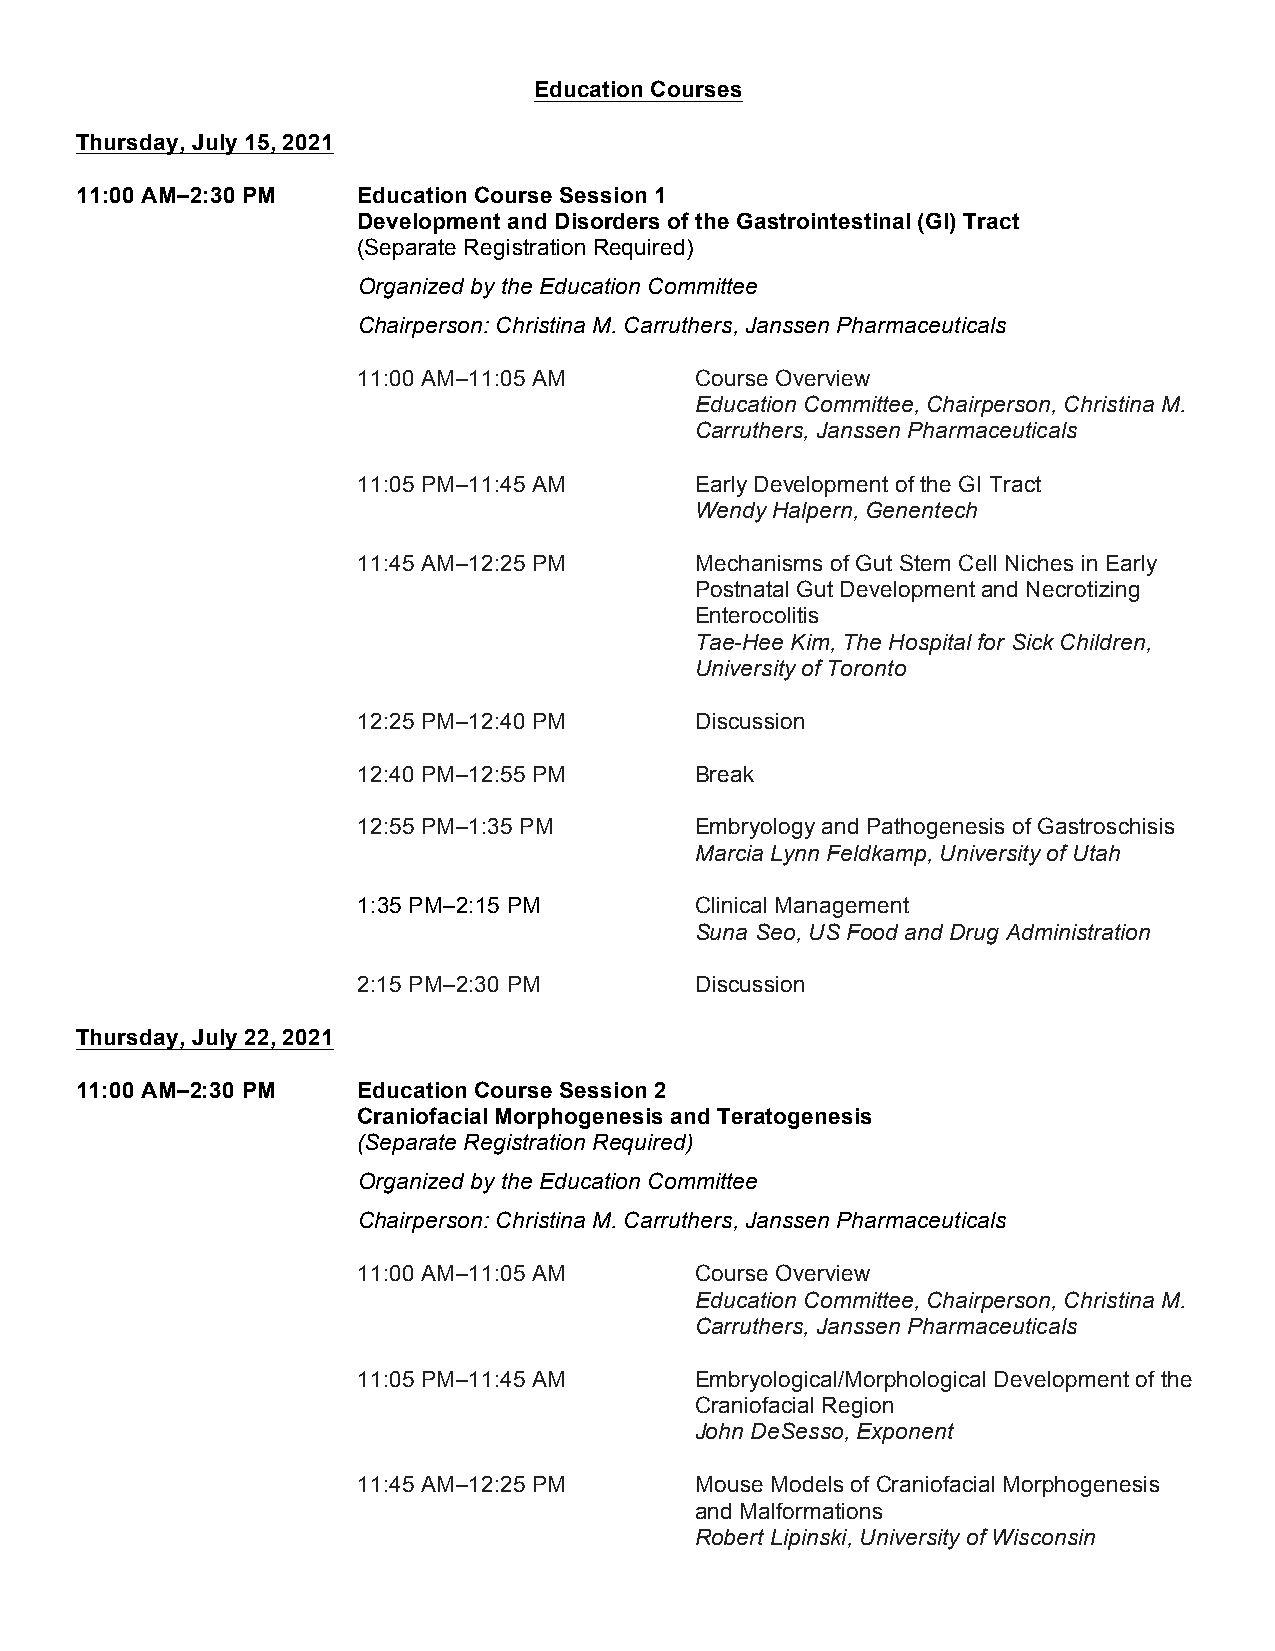
Education Courses
 Thursday, July 15, 2021
 11:00 AM–2:30 PM   Education Course Session 1
 Development and Disorders of the Gastrointestinal (GI) Tract
 (Separate Registration Required)
 Organized by the Education Committee
 Chairperson: Christina M. Carruthers, Janssen Pharmaceuticals
 11:00 AM–11:05 AM     Course Overview
 Education Committee, Chairperson, Christina M.
 Carruthers, Janssen Pharmaceuticals
 11:05 PM–11:45 AM     Early Development of the GI Tract
 Wendy Halpern, Genentech
 11:45 AM–12:25 PM     Mechanisms of Gut Stem Cell Niches in Early
 Postnatal Gut Development and Necrotizing
 Enterocolitis
 Tae-Hee Kim, The Hospital for Sick Children,
 University of Toronto
 12:25 PM–12:40 PM     Discussion
 12:40 PM–12:55 PM     Break
 12:55 PM–1:35 PM      Embryology and Pathogenesis of Gastroschisis
 Marcia Lynn Feldkamp, University of Utah
 1:35 PM–2:15 PM       Clinical Management
 Suna Seo, US Food and Drug Administration
 2:15 PM–2:30 PM       Discussion
 Thursday, July 22, 2021
 11:00 AM–2:30 PM   Education Course Session 2
 Craniofacial Morphogenesis and Teratogenesis
 (Separate Registration Required)
 Organized by the Education Committee
 Chairperson: Christina M. Carruthers, Janssen Pharmaceuticals
 11:00 AM–11:05 AM     Course Overview
 Education Committee, Chairperson, Christina M.
 Carruthers, Janssen Pharmaceuticals
 11:05 PM–11:45 AM     Embryological/Morphological Development of the
 Craniofacial Region
 John DeSesso, Exponent
 11:45 AM–12:25 PM     Mouse Models of Craniofacial Morphogenesis
 and Malformations
 Robert Lipinski, University of Wisconsin